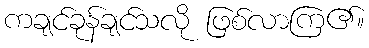
ကချင်ခုန်ချင်သလို ဖြစ်လာကြ၏။